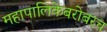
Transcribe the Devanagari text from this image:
महापालिकेबरोबरच